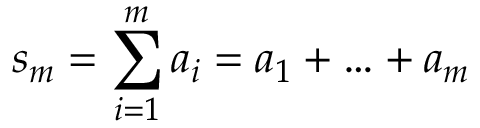
s _ { m } = \sum _ { i = 1 } ^ { m } a _ { i } = a _ { 1 } + \ldots + a _ { m }